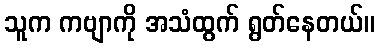
သူက ကဗျာကို အသံထွက် ရွတ်နေတယ်။